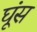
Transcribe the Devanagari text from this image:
घूंस